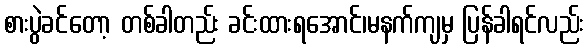
စားပွဲခင်တော့ တစ်ခါတည်း ခင်းထားရအောင်၊မနက်ကျမှ ပြန်ခါရင်လည်း